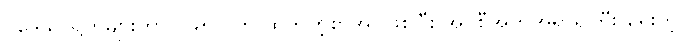
ပဒေသာရတုများဟာ ၁၉၅၇ က ထုတ်တဲ့စာအုပ်ဖြစ်ပြီး အိုင်စီအက်အရာရှိကြီး ရေးတဲ့